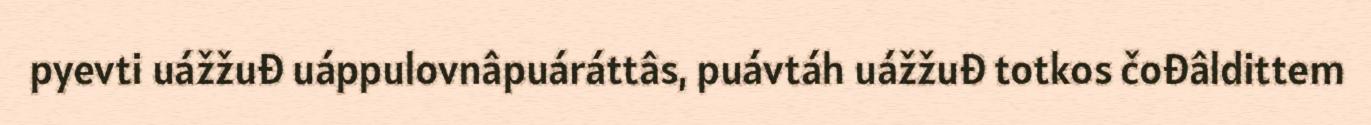
pyevti uážžuđ uáppulovnâpuáráttâs, puávtáh uážžuđ totkos čođâldittem